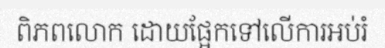
ពិភពលោក ដោយផ្អែកទៅលើការអប់រំ